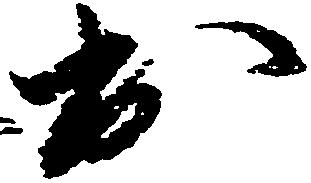
出